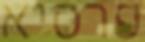
פרסיא